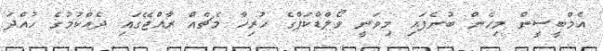
އެމްބީސީން މިހެން ބުނެފައި މިވަނީ ވޯލްޑްކަޕްގެ ހުރިހާ މެޗެއް ރާއްޖޭގައި ދެއްކުމުގެ ހުއްދަ